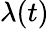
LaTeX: \lambda(t)